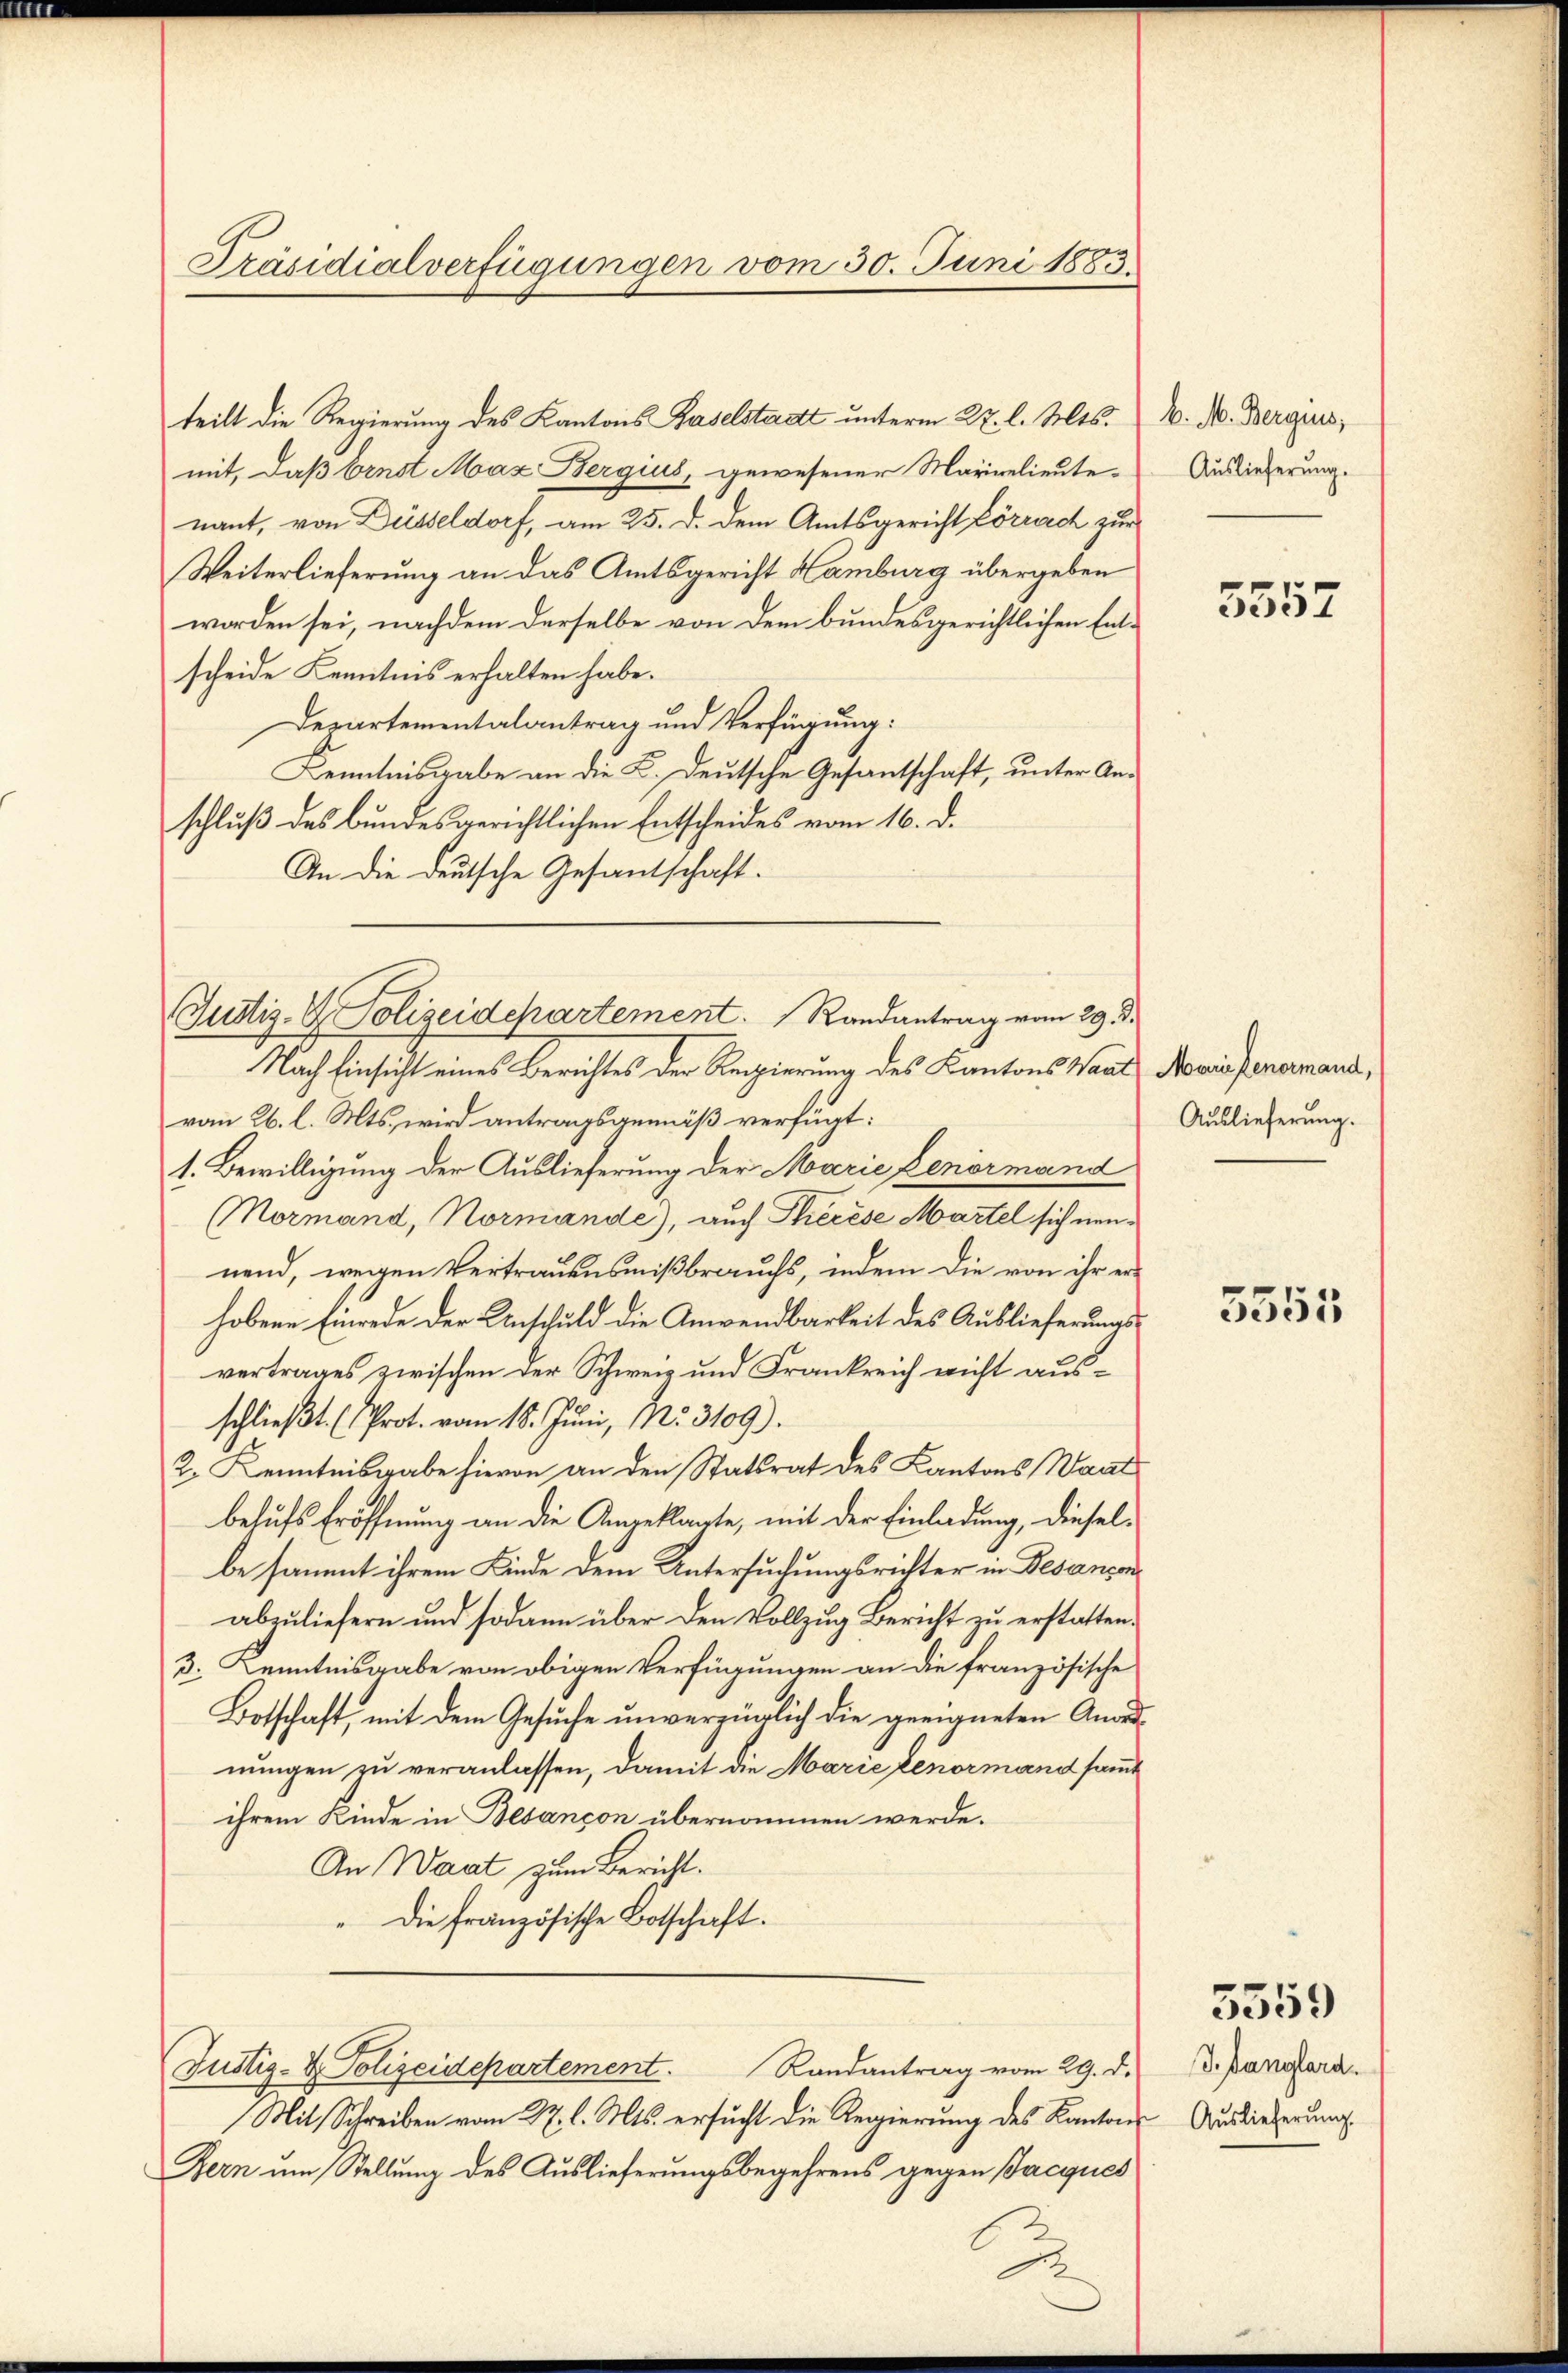
Präsidialverfügungen vom 30. Juni 1883.

scheide Kenntnis erhalten habe.
Derartementalantrag und Verfügung:
Kenntnisgabe an die L. Deutsche Gesantschaft, unter Anschluß des bundesgerichtlichen Entscheides vom 16. d.
An die deutsche Gesantschaft.

Justiz- & Polizeidchartement. Randantrag vom 29. d.

teilt die Regierung des Kantons Baselstadt unterm 27. l. Mts.
mit, daß Ernst Maz Bergius, gewesener Marielieute-
nant, von Düsseldorf, am 25. d. dem Amtsgericht Lörreich zur
Weiterlieferung an das Amtsgericht Hamburg übergeben
worden sei, nachdem derselbe von dem bundesgerichtlichen Ent¬

k. M. Berguis,
Auslieferung.

Nach Einsicht eines Berichtes der Regierung des Kantons Vert
vom 26. l. Mts., wird antragsgemäß verfügt:
1. Bewilligung der Auslieferung der Marie Lenormand
(Mormand, Normande), auch Therese Martel sich neunend, wegen Vertrauensmißbrauchs, indem die von ihr erhobene Einrede der Anschuld die Anwendbarkeit des Auslieferungsvertrages zwischen der Schweiz und Frankreich nicht ausschließt (Prot. vom 18. Juni, Nr. 3109).
2. Kenntnisgabe hievon an den Statsrat des Kantons Waat
behufs Eröffnung an die Angeklagte, mit der Einladung, dieselbe sammt ihrem Kinde dem Untersuchungsrichter in Besanzen
abzuliefern und sodann über den Vollzug Bericht zu erstatten.
3. Kenntnisgabe von obigen Verfügungen an die französische
Botschaft, mit dem Gesuche unverzüglich die geeigneten Anordnungen zu veranlassen, damit die Marie benormand sammt
ihrem Kinde in Besançon übernommen werde.
An Waat zum Bericht.
Die französische Botschaft.
Randantrag vom 29. d.
Justiz- & Polizeidepartement.
Mit Schreiben vom 27. l. Mts. ersucht die Regierung des Kantons Ausliederung
Bern um Stellung des Auslieferungsbegehrens gegen Jacques
g

5557

Marie Renormand,
Auslieferung.

5555

J. Danglard.

5559